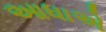
આધાએ